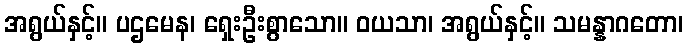
အရွယ်နှင့်။ ပဌမေန၊ ရှေးဦးစွာသော။ ဝယသာ၊ အရွယ်နှင့်။ သမန္နာဂတော၊